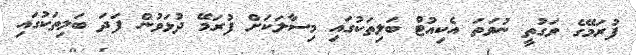
ފުރަމޭގެ ވަގުތީ ނުވަތަ އެކިއުޓް ބަލިތަކުގައި މިސާލަކަށް ފުރަމޭ ދުޅަވުން ފަދަ ބަލިތަކުގައި